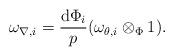
LaTeX: \begin{align*} \omega_{\nabla,i}=\frac{\mathrm{d}\Phi_i}{p}(\omega_{\theta,i}\otimes_\Phi 1).\end{align*}